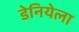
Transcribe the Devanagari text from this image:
डेनियेला